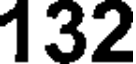
132